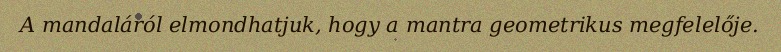
A mandaláról elmondhatjuk, hogy a mantra geometrikus megfelelője.